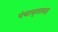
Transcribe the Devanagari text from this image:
पंचामृतासह